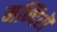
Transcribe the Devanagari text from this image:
मन्दिरॊ